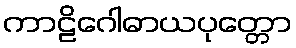
ကာဠိဂေါဓာယပုတ္တော